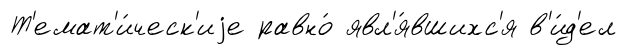
Т'емат'и́ческ'иjе равно́ явл'я́вшихс'я в'и́д'ел